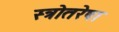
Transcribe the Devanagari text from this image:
स्त्रोतरेषा